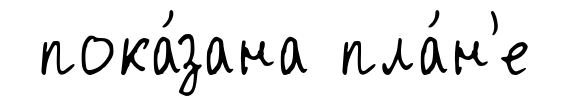
пока́зана пла́н'е